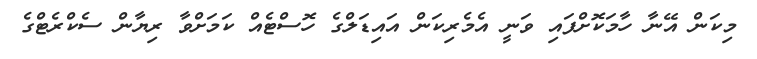
މިކަން އޭނާ ހާމަކޮށްފައި ވަނީ އެމެރިކަން އައިޑަލްގެ ހޮސްޓެއް ކަމަށްވާ ރިޔާން ސެކްރެޓްގެ